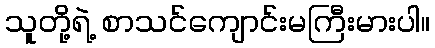
သူတို့ရဲ့ စာသင်ကျောင်းမကြီးမားပါ။